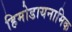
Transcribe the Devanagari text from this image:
हिमोडायनामिक